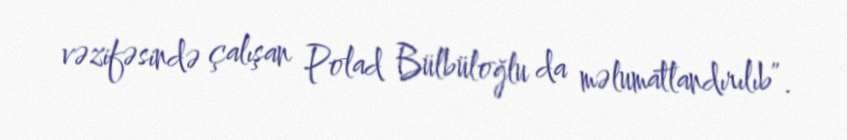
vəzifəsində çalışan Polad Bülbüloğlu da məlumatlandırılıb”.